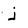
Character: j